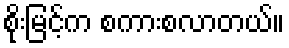
စိုးမြင့်က စကားစလာတယ်။